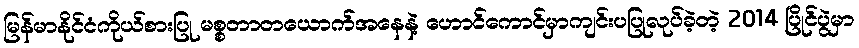
မြန်မာနိုင်ငံကိုယ်စားပြု မစ္စတာတယောက်အနေနဲ့ ဟောင်ကောင်မှာကျင်းပပြုလုပ်ခဲ့တဲ့ 2014 ပြိုင်ပွဲမှာ